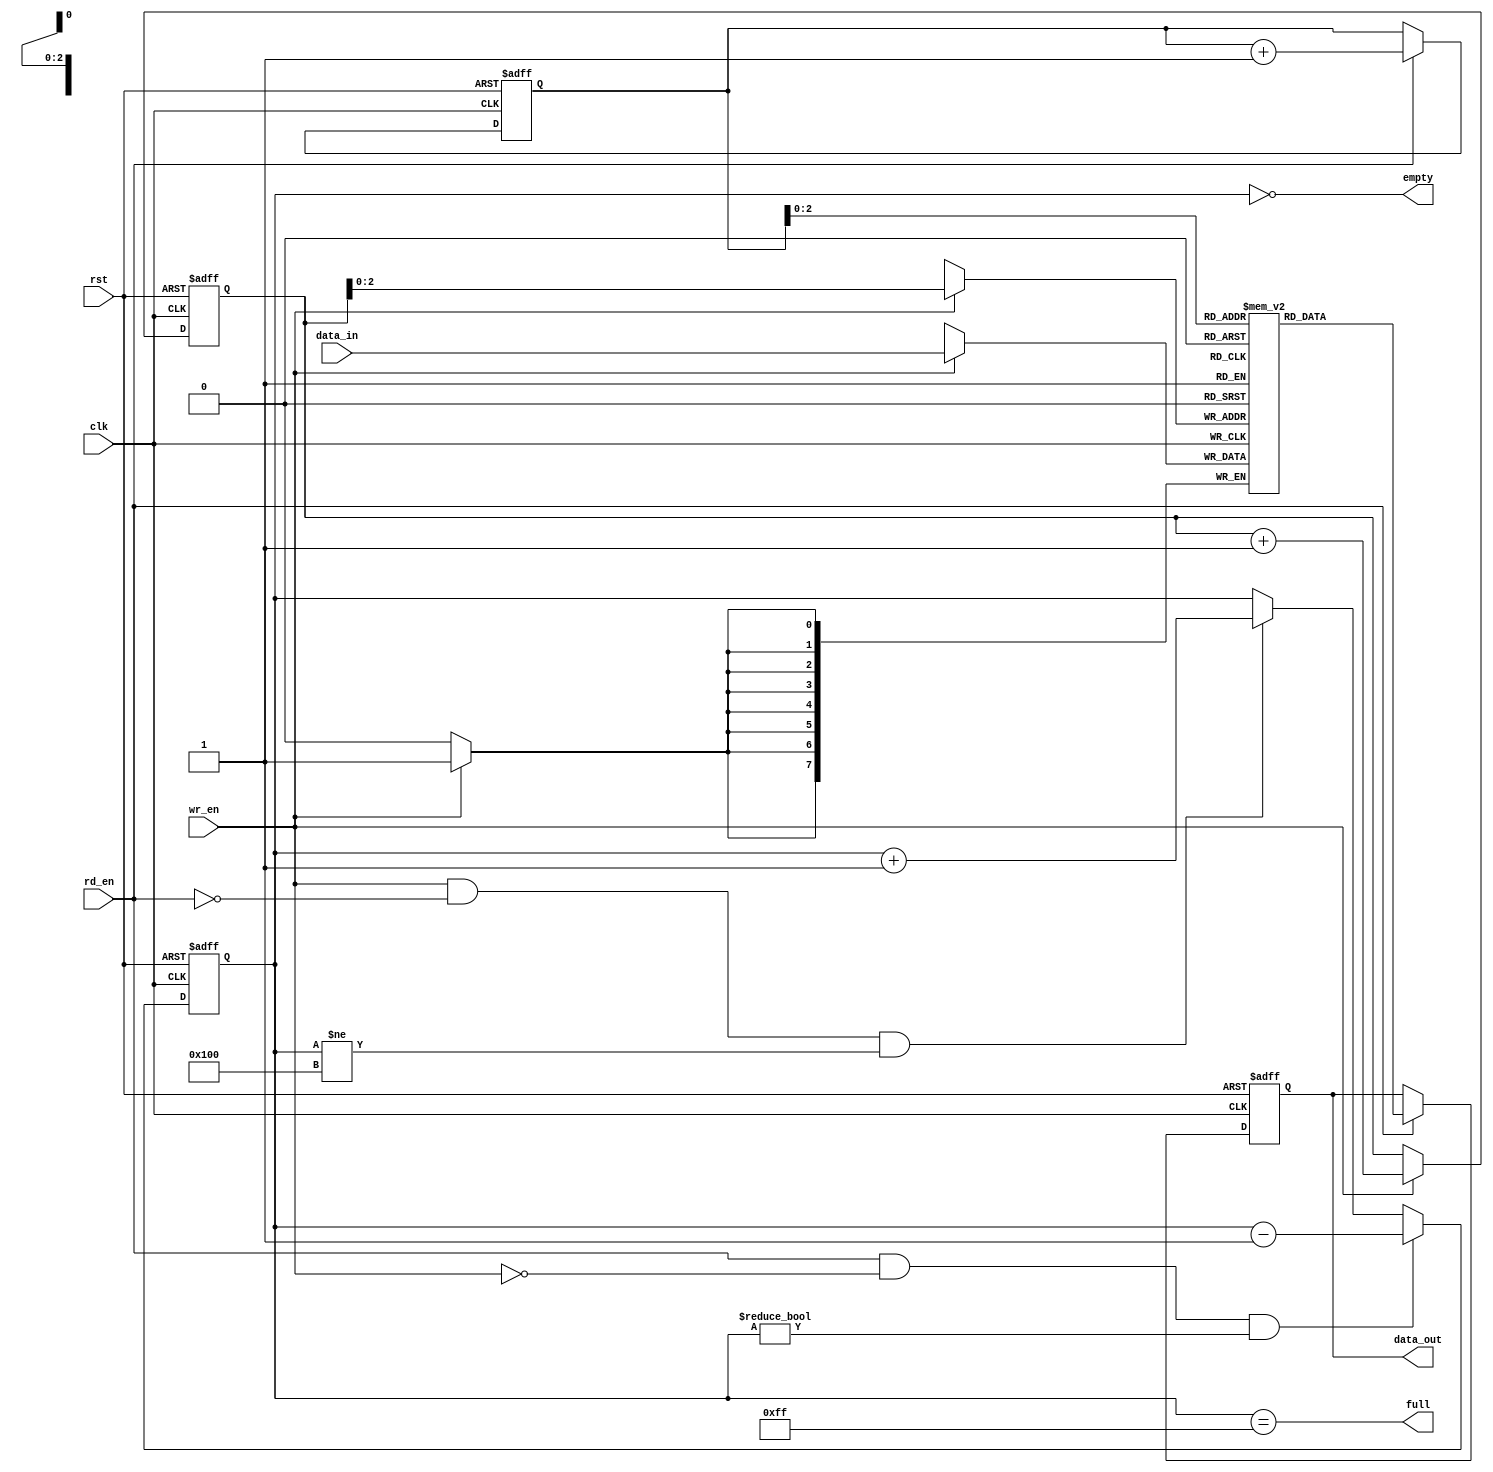
`timescale 1ns / 1ps
//////////////////////////////////////////////////////////////////////////////////
// Company: 
// Engineer: 
// 
// Design Name: 
// Module Name: sys_fifo
// Project Name: 
// Target Devices: 
// Tool Versions: 
// Description: 
// 
// Dependencies: 
// 
// Revision:
// Revision 0.01 - File Created
// Additional Comments:
// 
//////////////////////////////////////////////////////////////////////////////////


module syn_fifo #
(
// FIFO constants
parameter DATA_WIDTH = 8,
parameter ADDR_WIDTH = 8
)
(
input                       clk      , // Clock input
input                       rst      , // Active high reset
input      [DATA_WIDTH-1:0] data_in  , // Data input
input                       rd_en    , // Read enable
input                       wr_en    , // Write Enable
output reg [DATA_WIDTH-1:0] data_out , // Data Output
output                      empty    , // FIFO empty
output                      full       // FIFO full
);    

    // RAM definition
    parameter RAM_DEPTH = (1 << ADDR_WIDTH);
    reg [DATA_WIDTH-1:0] data_ram[ADDR_WIDTH-1:0];

    // Pointers and counters
    reg [ADDR_WIDTH-1:0] wr_pointer;
    reg [ADDR_WIDTH-1:0] rd_pointer;
    reg [ADDR_WIDTH :0] status_cnt;

    assign full = (status_cnt == (RAM_DEPTH-1));
    assign empty = (status_cnt == 0);

    // WRITE_POINTER
    always @(posedge clk or posedge rst) begin
        if(rst) begin
            wr_pointer <= 0;
        end else if(wr_en) begin
            wr_pointer <= wr_pointer + 1;
        end
    end

    // READ_POINTER
    always @(posedge clk or posedge rst) begin
        if(rst) begin
            rd_pointer <= 0;
        end 
        else if(rd_en) begin
            rd_pointer <= rd_pointer + 1;
        end
    end

    // READ DATA
    always  @(posedge clk or posedge rst) begin
        if(rst) begin
            data_out <= 0;
        end 
        else if(rd_en) begin
            data_out <= data_ram[rd_pointer];
        end
    end

    // WRITE DATA
    always  @(posedge clk) begin
        if(wr_en) begin
            data_ram[wr_pointer] <= data_in;
        end
    end

    // STATUS COUNTER
    always @(posedge clk or posedge rst) begin
        if(rst) begin
            status_cnt <= 0;
        // Read but no write.
        end 
        else if(rd_en &&  !wr_en && (status_cnt != 0)) begin
            status_cnt <= status_cnt - 1;
        // Write but no read.
        end 
        else if(wr_en &&  !rd_en && (status_cnt != RAM_DEPTH)) begin
            status_cnt <= status_cnt + 1;
        end
    end

endmodule